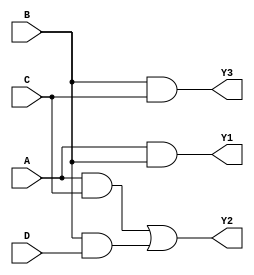
module masked_pal (
    input wire A,      // Input A
    input wire B,      // Input B
    input wire C,      // Input C
    input wire D,      // Input D
    output wire Y1,    // Output Y1
    output wire Y2,    // Output Y2
    output wire Y3     // Output Y3
);

// Programmable AND array
wire and_out1; // AND gate output for Y1
wire and_out2; // AND gate output for Y2
wire and_out3; // AND gate output for Y3

// Define the AND gates
// Example configuration (masked connections):
assign and_out1 = A & B;             // AND gate 1 (for Y1)
assign and_out2 = A & C | B & D;     // AND gate 2 (for Y2)
assign and_out3 = B & C;             // AND gate 3 (for Y3)

// Fixed OR array
assign Y1 = and_out1;                 // Output Y1 directly from AND gate 1
assign Y2 = and_out2;                 // Output Y2 from AND gate 2
assign Y3 = and_out3;                 // Output Y3 from AND gate 3

endmodule